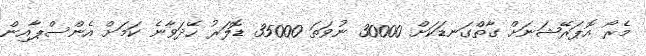
މެރޯ އޮޕަރޭޝަނަށް ގާތްގަނޑަކަށް 30000 ނުވަތަ 35000 ޑޮލަރު ހޭދަވާނެ ކަމަށް އެންސްޕާއިން